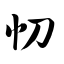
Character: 忉